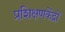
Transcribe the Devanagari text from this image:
प्रशिक्षणकेंद्रों